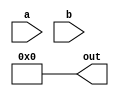
/*
   This file was generated automatically by the Mojo IDE version B1.3.3.
   Do not edit this file directly. Instead edit the original Lucid source.
   This is a temporary file and any changes made to it will be destroyed.
*/

module division_15 (
    input [7:0] a,
    input [7:0] b,
    output reg [7:0] out
  );
  
  
  
  reg [7:0] q;
  
  reg [7:0] r;
  
  integer i;
  
  always @* begin
    q = 8'h00;
    r = 8'h00;
    for (i = 3'h7; i >= 0; i = i - 1) begin
      r = r << 1'h1;
      r[0+0-:1] = a[(i)*1+0-:1];
      if (r >= b) begin
        r = r - b;
        q[(i)*1+0-:1] = 1'h1;
      end
      out = q;
    end
  end
endmodule